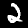
Label: 2